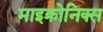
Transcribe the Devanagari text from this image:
माइक्रोनिक्स